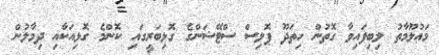
މަޢުލޫމާތު ލިބިފައިވާ ގޮތުން ހިތަދޫ ޕޮލިސް ސްޓޭޝަންގެ ގޮޅިބަރީގައި ކޮންމެ ގޮޅިއަކާއި ދިމާލުން